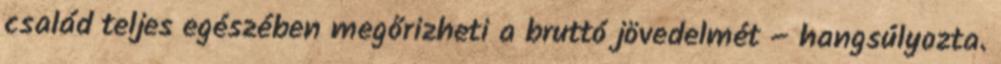
család teljes egészében megőrizheti a bruttó jövedelmét – hangsúlyozta.